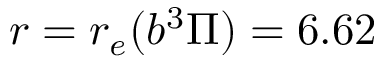
r = r _ { e } ( b ^ { 3 } \Pi ) = 6 . 6 2